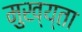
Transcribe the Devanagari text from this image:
मुख्य्ता